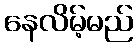
နေလိမ့်မည်